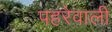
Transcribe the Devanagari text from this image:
पहरेवाली